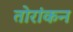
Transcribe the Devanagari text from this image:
तोरांकन